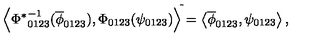
{ \left< { \Phi ^ { \ast } } _ { 0 1 2 3 } ^ { - 1 } ( \overline { { \phi } } _ { 0 1 2 3 } ) , \Phi _ { 0 1 2 3 } ( \psi _ { 0 1 2 3 } ) \right> } ^ { \tilde { } } = \left< \overline { { \phi } } _ { 0 1 2 3 } , \psi _ { 0 1 2 3 } \right> ,